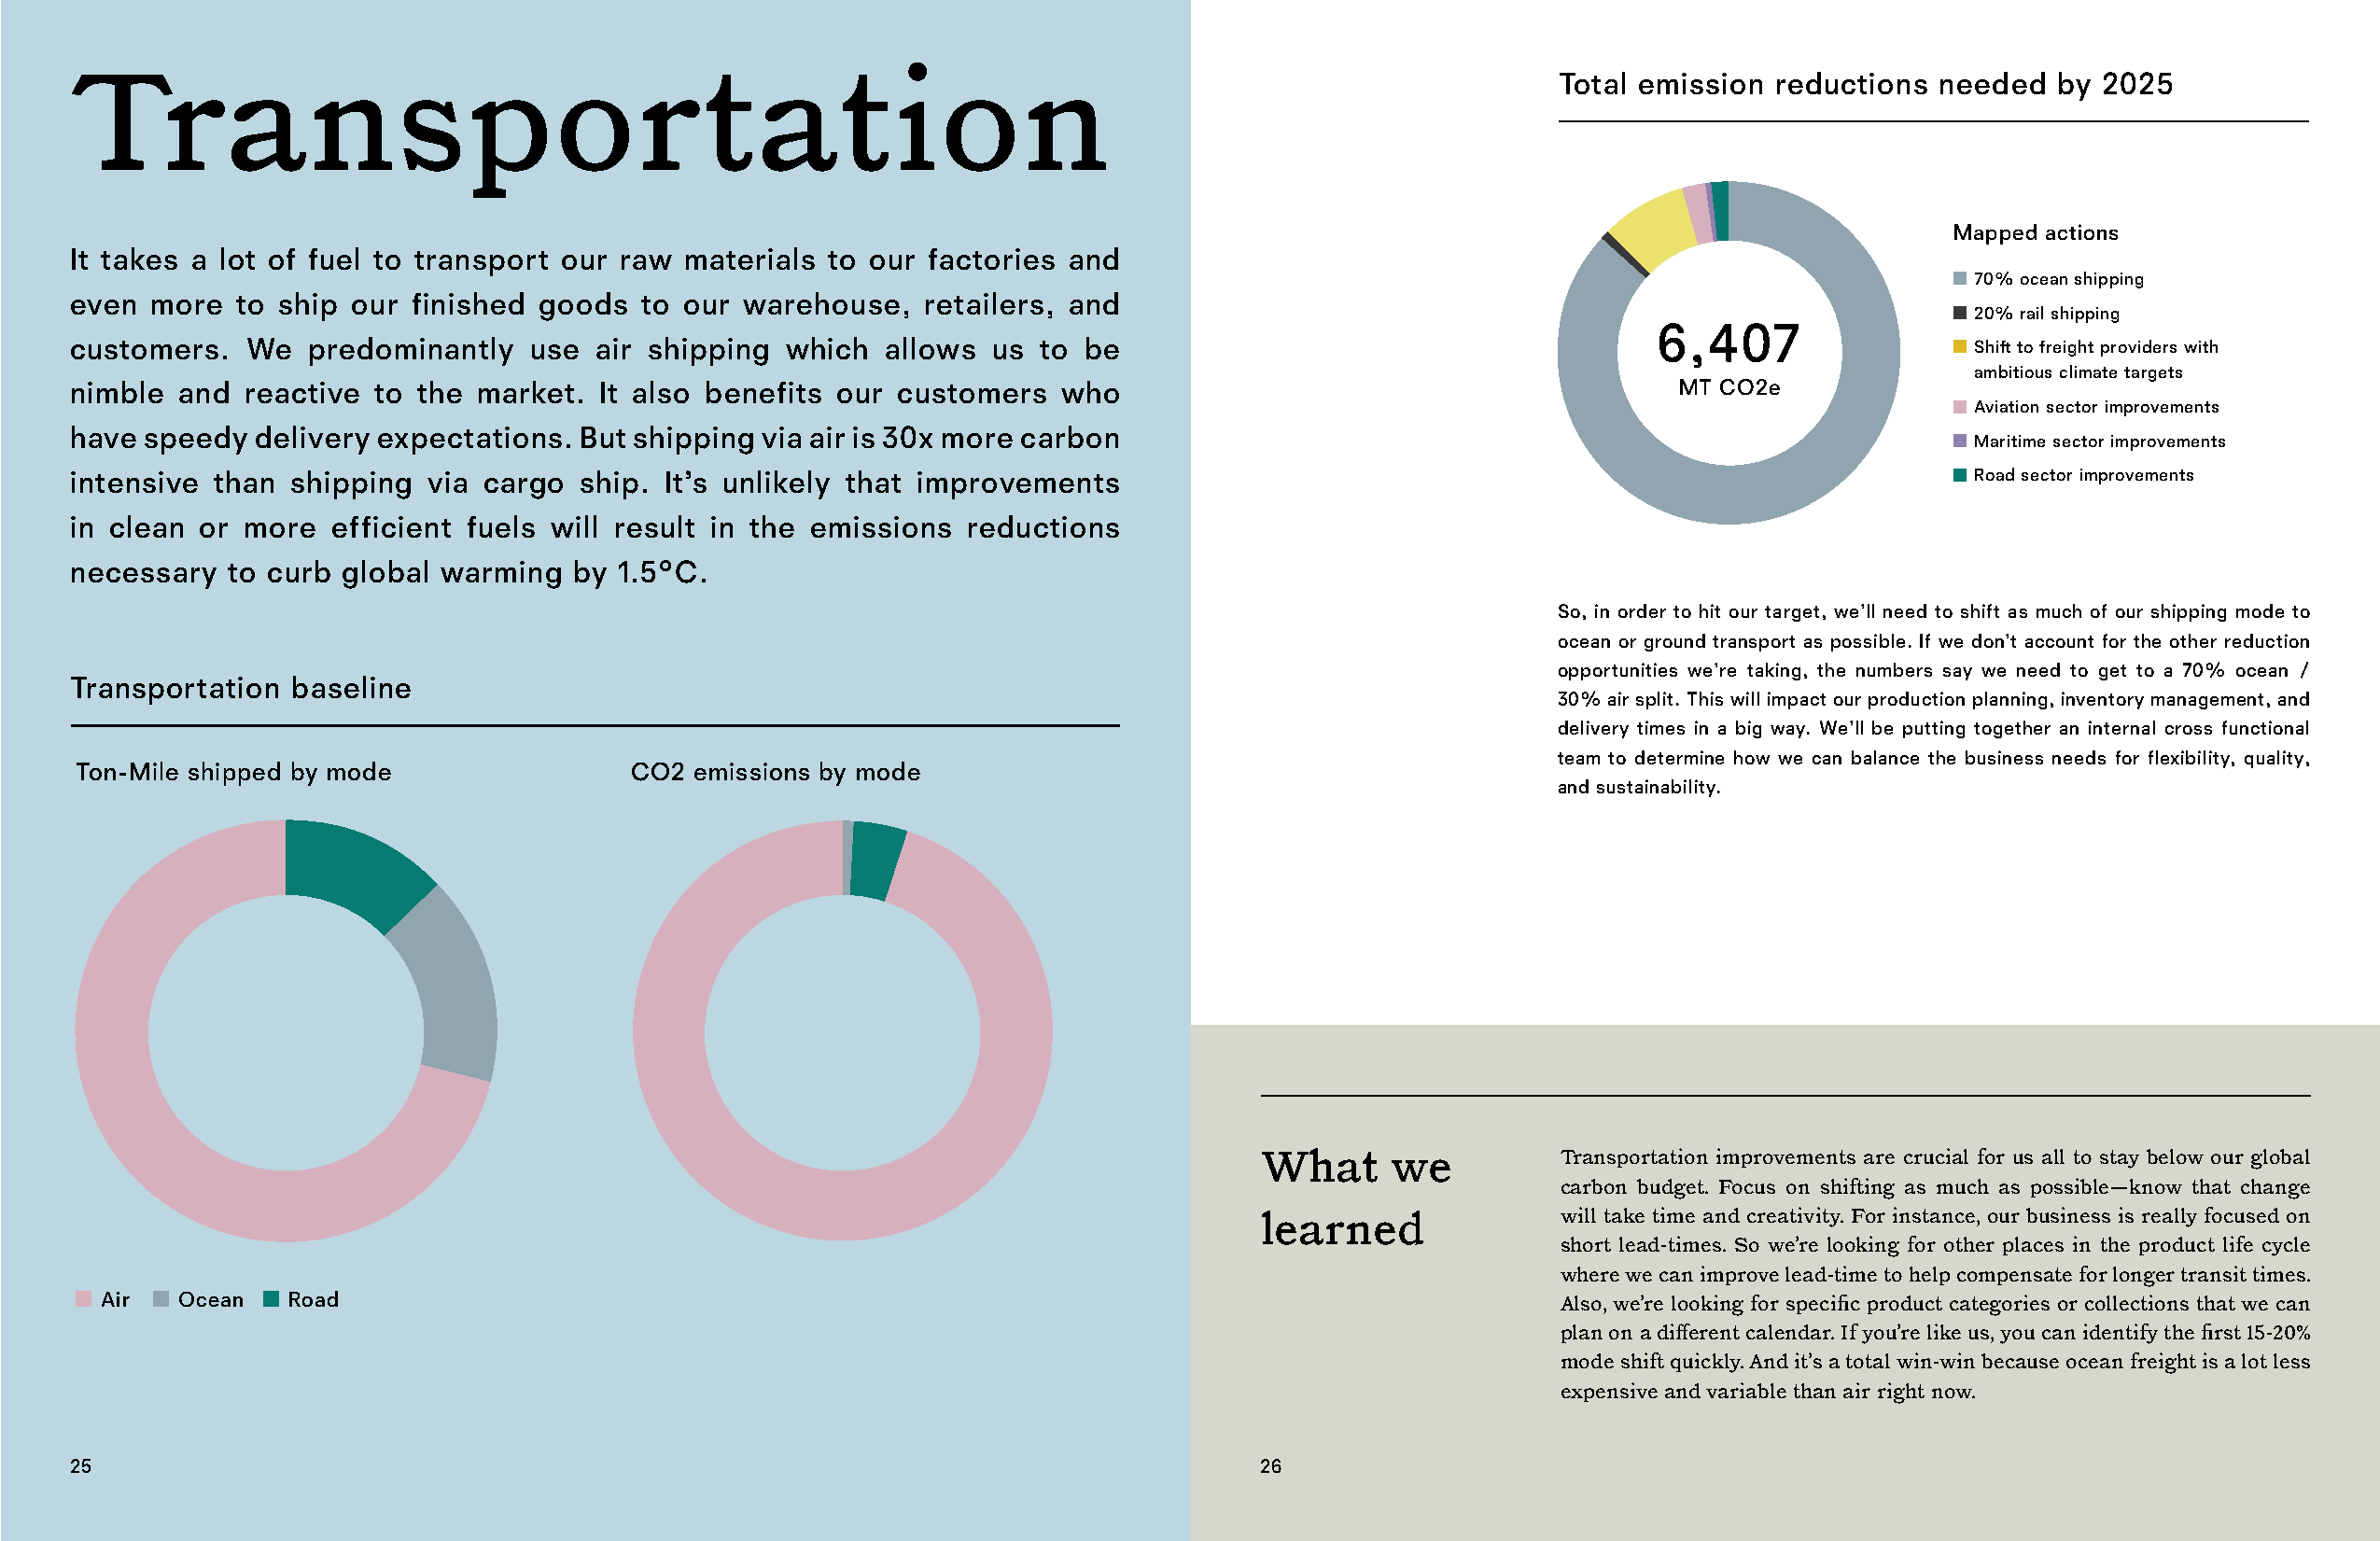
Transportation                                                                                            Total emission reductions  needed  by 2025
 Mapped actions
 It takes a lot of fuel to transport our raw materials to our factories and
 70% ocean shipping
 even  more  to ship our finished goods   to our warehouse,   retailers, and
 20% rail shipping
 6,407
 customers.  We   predominantly   use air shipping  which  allows us  to be                                                             Shift to freight providers with
 ambitious climate targets
 nimble  and reactive  to the market.  It also benefits our customers  who                                         MT CO2e
 Aviation sector improvements
 have speedy  delivery expectations. But shipping via air is 30x more carbon
 Maritime sector improvements
 intensive than  shipping via cargo  ship. It’s unlikely that improvements                                                              Road sector improvements
 in clean or more   efficient fuels will result in the emissions reductions
 necessary  to curb global warming   by 1.5°C.
 So, in order to hit our target, we’ll need to shift as much of our shipping mode to
 ocean or ground transport as possible. If we don’t account for the other reduction
 opportunities we’re taking, the numbers say we need to get to a 70% ocean /
 Transportation  baseline
 30% air split. This will impact our production planning, inventory management, and
 delivery times in a big way. We’ll be putting together an internal cross functional
 team to determine how we can balance the business needs for flexibility, quality,
 Ton-Mile shipped by mode                CO2 emissions by mode
 and sustainability.
 What      we          Transportation improvements are crucial for us all to stay below our global
 carbon budget. Focus on shifting as much as possible—know that change
 learned               will take time and creativity. For instance, our business is really focused on
 short lead-times. So we’re looking for other places in the product life cycle
 where we can improve lead-time to help compensate for longer transit times.
 Air   Ocean  Road
 Also, we’re looking for specific product categories or collections that we can
 plan on a different calendar. If you’re like us, you can identify the first 15-20%
 mode shift quickly. And it’s a total win-win because ocean freight is a lot less
 expensive and variable than air right now.
 25                                                                                  26